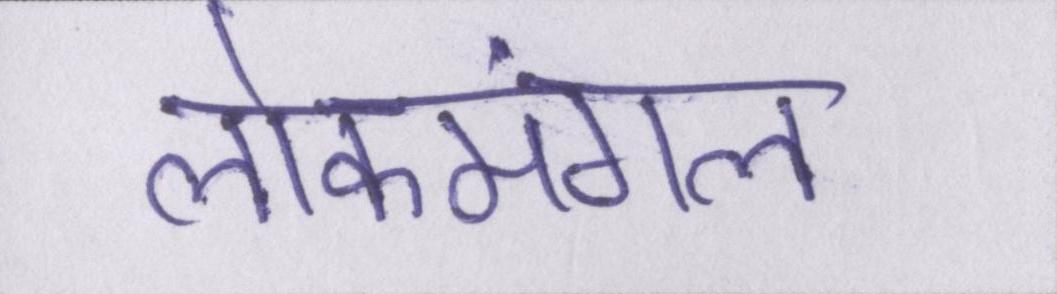
लोकमंगल